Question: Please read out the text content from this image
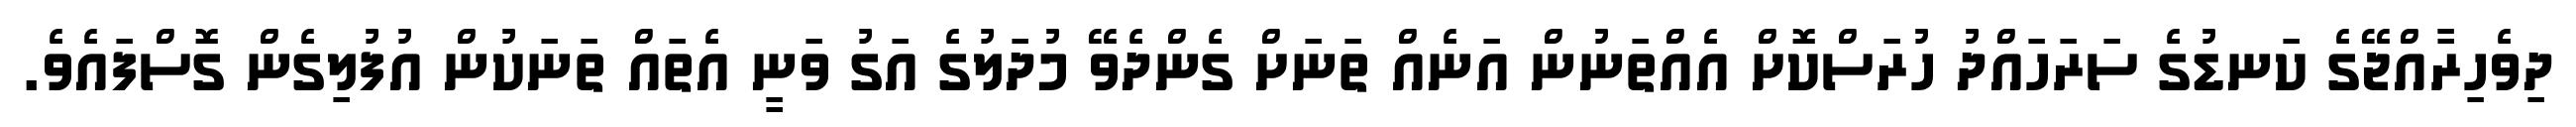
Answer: ދިވެހިރާއްޖޭގެ ކަނޑުގެ ސަރަހައްދު ހުރަސްކޮށް އެއްތަނުން އަނެއް ތަނަށް ގެންދެވޭ މުދަލުގެ އަގު ވަނީ އެތައް ތަނަކުން އުފުލިގެން ގޮސްފައެވެ.